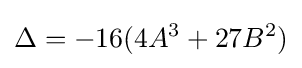
\Delta =-16(4A^{3}+27B^{2})